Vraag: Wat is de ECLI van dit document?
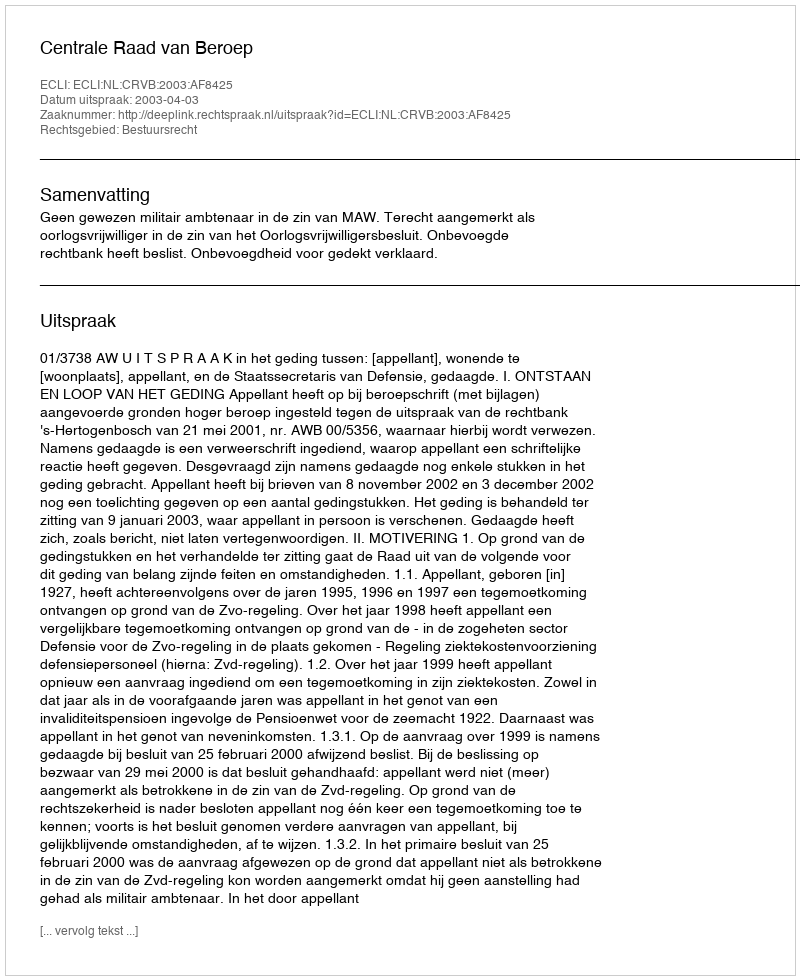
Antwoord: ECLI:NL:CRVB:2003:AF8425